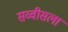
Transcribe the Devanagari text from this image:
सव्वीसला